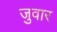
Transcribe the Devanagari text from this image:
जुवार